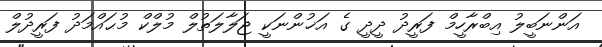
އަންނަބީލު އިބްރާހީމް ފަރީދު ދީދީ ގެ އަޚުންނަކީ ޖަލާލަތުލް މުލްކް މުޙައްމަދު ފަރީދުލް